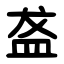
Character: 盋